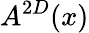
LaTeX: A^{2D}(x)